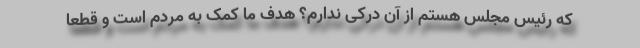
که رئیس مجلس هستم از آن درکی ندارم؟ هدف ما کمک به مردم است و قطعا